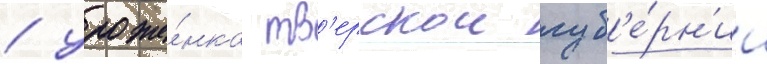
/ уроже́нка тв'ерскои губ'е́рн'ии